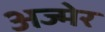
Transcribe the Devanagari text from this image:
अज्मेर